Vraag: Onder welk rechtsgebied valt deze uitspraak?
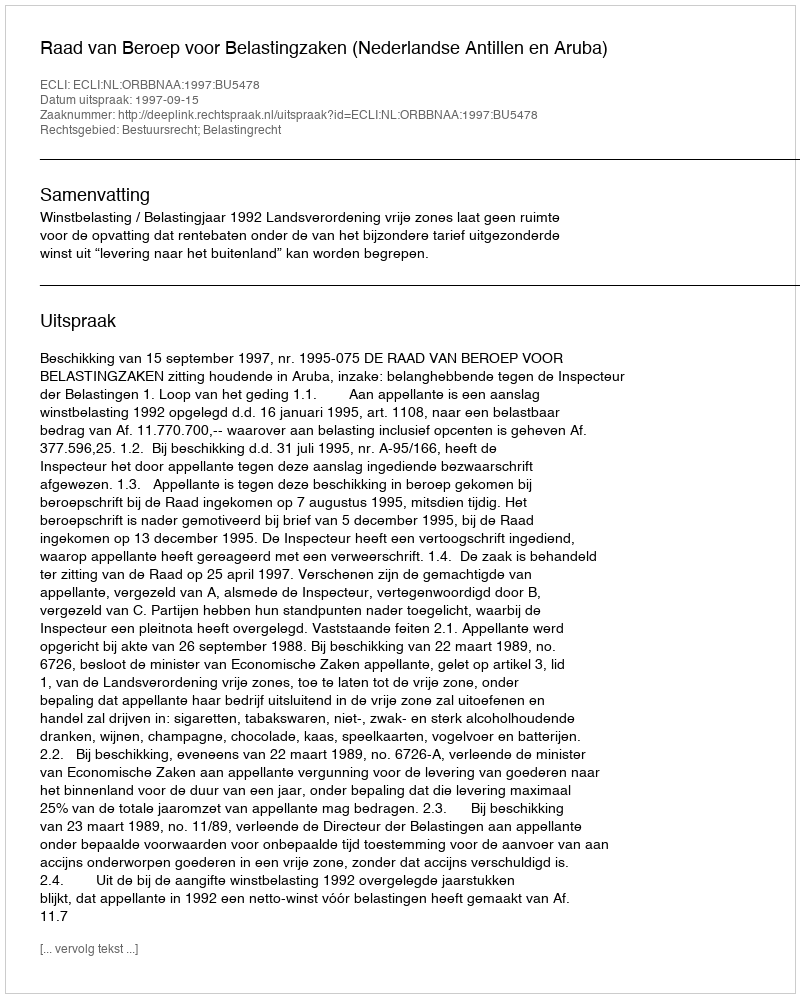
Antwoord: Bestuursrecht; Belastingrecht